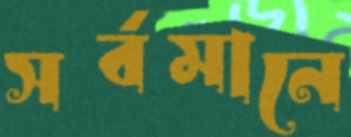
সর্বমানে